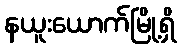
နယူးယောက်မြို့ရှိ